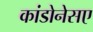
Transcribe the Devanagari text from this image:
कांडोनेसए